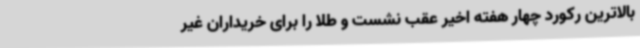
بالاترین رکورد چهار هفته اخیر عقب نشست و طلا را برای خریداران غیر